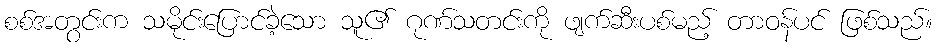
စစ်အတွင်းက သမိုင်းပြောင်ခဲ့သော သူ၏ ဂုဏ်သတင်းကို ဖျက်ဆီးပစ်မည့် တာဝန်ပင် ဖြစ်သည်။